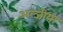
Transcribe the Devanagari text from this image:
अल्जीया